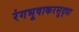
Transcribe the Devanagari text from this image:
रंगभूषाकरसुद्धा